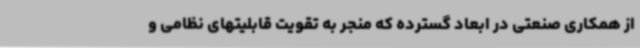
از همکاری صنعتی در ابعاد گسترده که منجر به تقویت قابلیتهای نظامی و